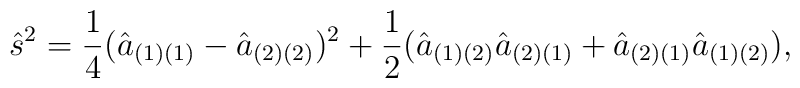
{\hat s}^{2}={1 \over 4}({\hat a}_{(1)(1)}-{\hat a}_{(2)(2)})^{2}+{1 \over 2}({\hat a}_{(1)(2)}{\hat a}_{(2)(1)}+{\hat a}_{(2)(1)}{\hat a}_{(1)(2)}),